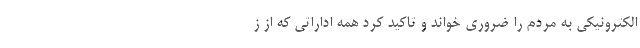
الکترونیکی به مردم را ضروری خواند و تاکید کرد همه اداراتی که از ز